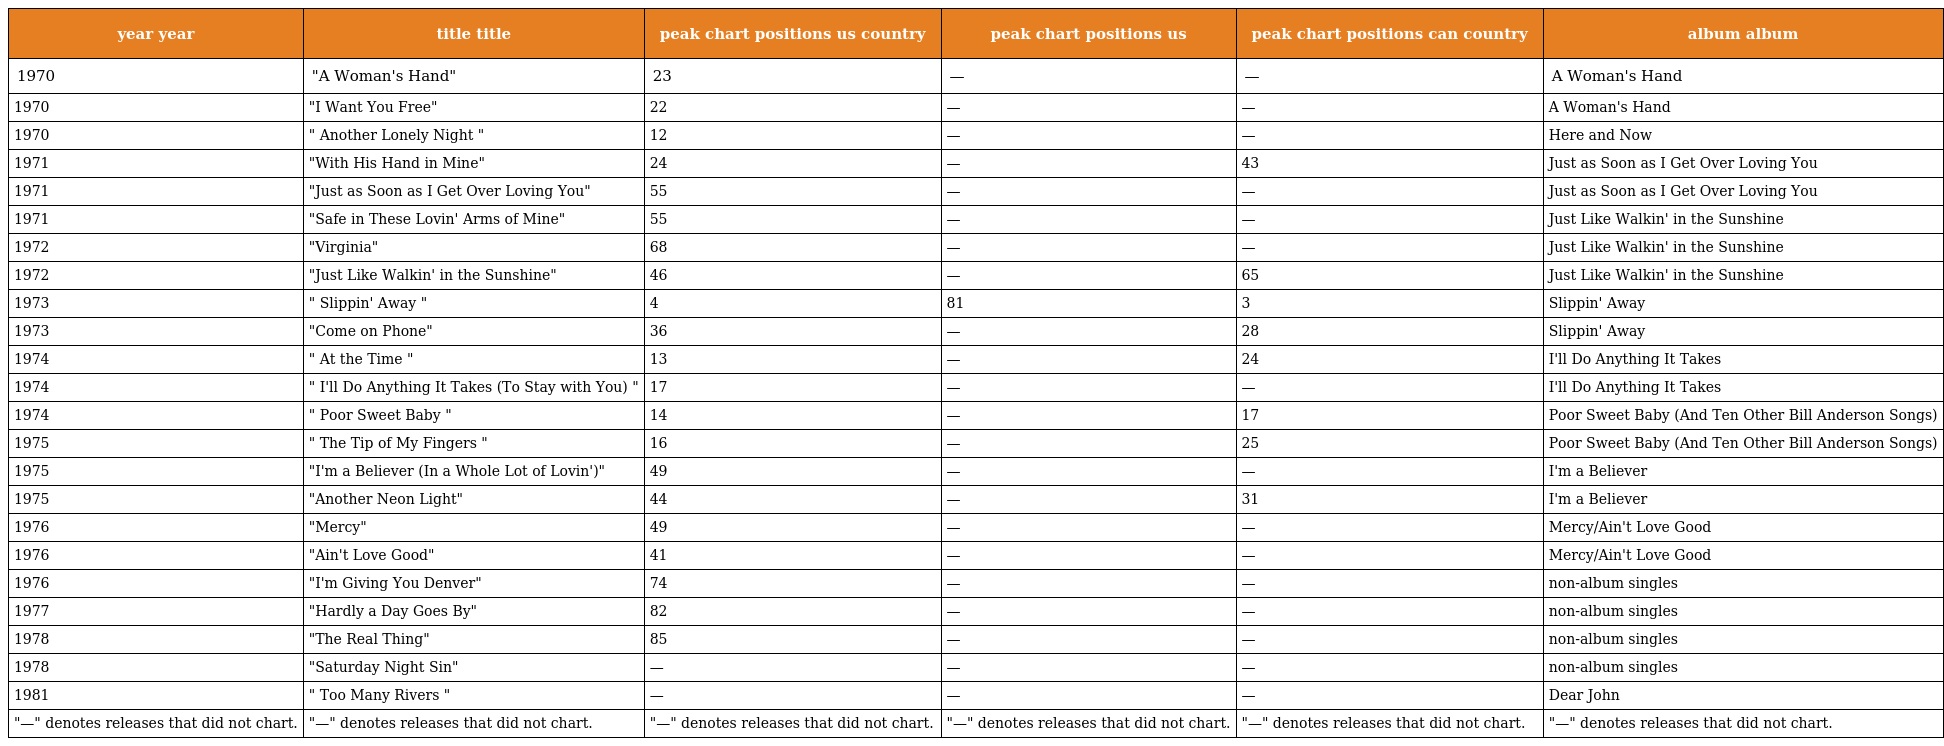
| year year | title title | peak chart positions us country | peak chart positions us | peak chart positions can country | album album |
 | --- | --- | --- | --- | --- | --- |
 | 1970 | "A Woman's Hand" | 23 | — | — | A Woman's Hand |
 | 1970 | "I Want You Free" | 22 | — | — | A Woman's Hand |
 | 1970 | " Another Lonely Night " | 12 | — | — | Here and Now |
 | 1971 | "With His Hand in Mine" | 24 | — | 43 | Just as Soon as I Get Over Loving You |
 | 1971 | "Just as Soon as I Get Over Loving You" | 55 | — | — | Just as Soon as I Get Over Loving You |
 | 1971 | "Safe in These Lovin' Arms of Mine" | 55 | — | — | Just Like Walkin' in the Sunshine |
 | 1972 | "Virginia" | 68 | — | — | Just Like Walkin' in the Sunshine |
 | 1972 | "Just Like Walkin' in the Sunshine" | 46 | — | 65 | Just Like Walkin' in the Sunshine |
 | 1973 | " Slippin' Away " | 4 | 81 | 3 | Slippin' Away |
 | 1973 | "Come on Phone" | 36 | — | 28 | Slippin' Away |
 | 1974 | " At the Time " | 13 | — | 24 | I'll Do Anything It Takes |
 | 1974 | " I'll Do Anything It Takes (To Stay with You) " | 17 | — | — | I'll Do Anything It Takes |
 | 1974 | " Poor Sweet Baby " | 14 | — | 17 | Poor Sweet Baby (And Ten Other Bill Anderson Songs) |
 | 1975 | " The Tip of My Fingers " | 16 | — | 25 | Poor Sweet Baby (And Ten Other Bill Anderson Songs) |
 | 1975 | "I'm a Believer (In a Whole Lot of Lovin')" | 49 | — | — | I'm a Believer |
 | 1975 | "Another Neon Light" | 44 | — | 31 | I'm a Believer |
 | 1976 | "Mercy" | 49 | — | — | Mercy/Ain't Love Good |
 | 1976 | "Ain't Love Good" | 41 | — | — | Mercy/Ain't Love Good |
 | 1976 | "I'm Giving You Denver" | 74 | — | — | non-album singles |
 | 1977 | "Hardly a Day Goes By" | 82 | — | — | non-album singles |
 | 1978 | "The Real Thing" | 85 | — | — | non-album singles |
 | 1978 | "Saturday Night Sin" | — | — | — | non-album singles |
 | 1981 | " Too Many Rivers " | — | — | — | Dear John |
 | "—" denotes releases that did not chart. | "—" denotes releases that did not chart. | "—" denotes releases that did not chart. | "—" denotes releases that did not chart. | "—" denotes releases that did not chart. | "—" denotes releases that did not chart. |